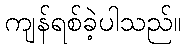
ကျန်ရစ်ခဲ့ပါသည်။